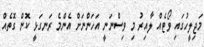
މަޖިލީހުގައި ވޯޓެއް ލާއިރު މި ވިސްނަނީ އަހަންނަށް އެންމެ ރަނގަޅީ ކޮން ގޮތެއް